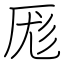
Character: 厖